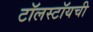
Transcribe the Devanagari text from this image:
टॉलस्टॉयची